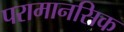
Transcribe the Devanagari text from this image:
परामानसिक